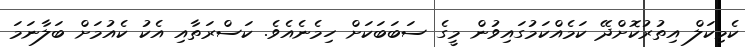
ކެމިކަލް އިތުރުކޮށްދޭ ކަމެއްކަމުގައިވުން މީގެ ސަބަބަކަށް ހިމެނެއެވެ. ކަސްރަތާއި އެކު ކެއުމަށް ބަލާނަމަ